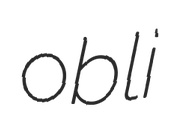
obli